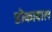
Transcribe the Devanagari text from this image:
डोकावाल